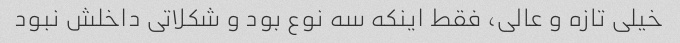
خیلی تازه و عالی، فقط اینکه سه نوع بود و شکلاتی داخلش نبود